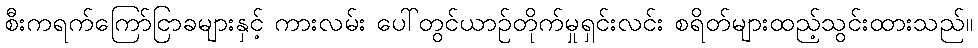
စီးကရက်ကြော်ငြာခများနှင့် ကားလမ်း ပေါ်တွင်ယာဉ်တိုက်မှုရှင်းလင်း စရိတ်များထည့်သွင်းထားသည်။